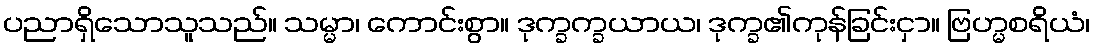
ပညာရှိသောသူသည်။ သမ္မာ၊ ကောင်းစွာ။ ဒုက္ခက္ခယာယ၊ ဒုက္ခ၏ကုန်ခြင်းငှာ။ ဗြဟ္မစရိယံ၊